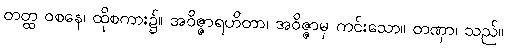
တတ္ထ ဝစနေ၊ ထိုစကား၌။ အဝိဇ္ဇာရဟိတာ၊ အဝိဇ္ဇာမှ ကင်းသော။ တဏှာ၊ သည်။